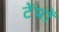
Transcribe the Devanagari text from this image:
टेंपों